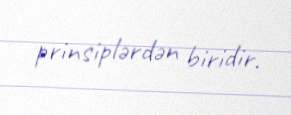
prinsiplərdən biridir.